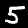
Label: 5